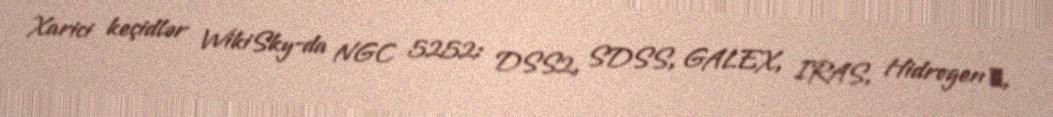
Xarici keçidlər WikiSky-da NGC 5252: DSS2, SDSS, GALEX, IRAS, Hidrogen α,